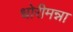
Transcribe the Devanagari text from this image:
धोरीमन्ना